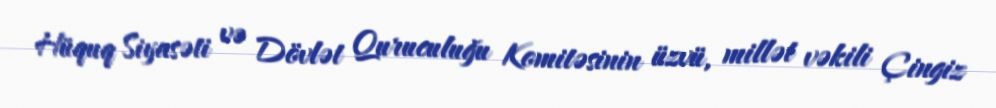
Hüquq Siyasəti və Dövlət Quruculuğu Komitəsinin üzvü, millət vəkili Çingiz